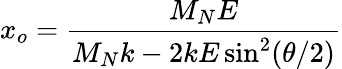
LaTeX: x_{o}=\frac{M_{N}E}{M_{N}k-2kE\sin^{2}(\theta/2)}